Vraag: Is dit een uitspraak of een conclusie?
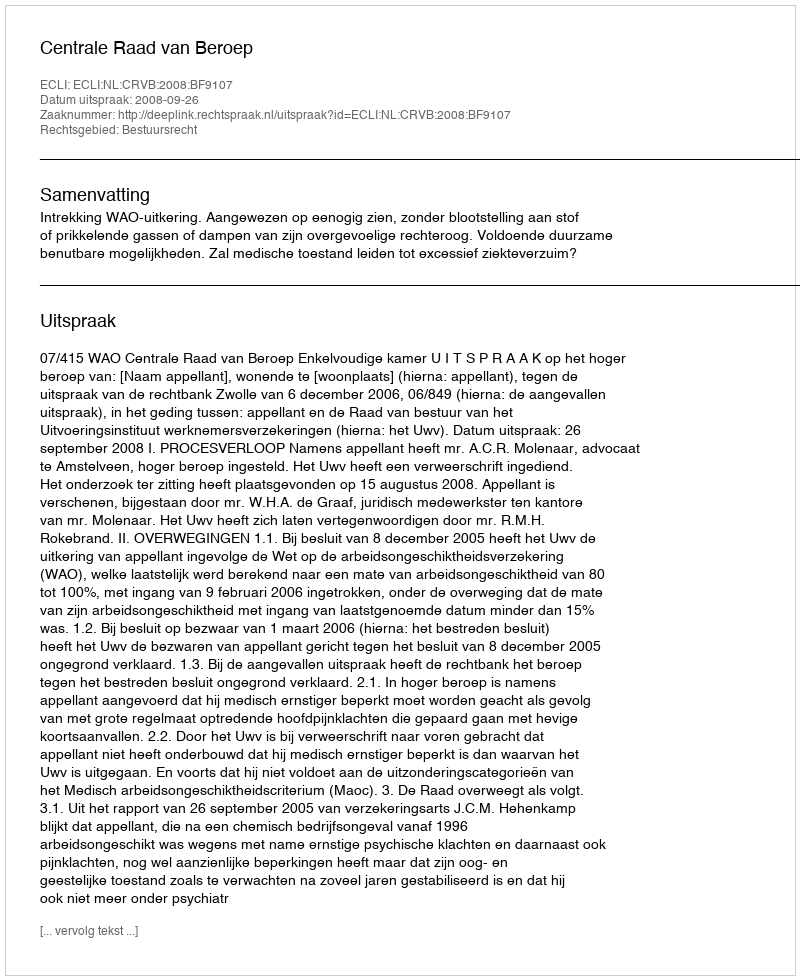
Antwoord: Uitspraak